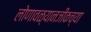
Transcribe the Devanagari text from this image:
लोणावळ्यानजीकच्या